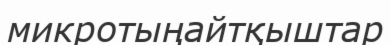
микротыңайтқыштар